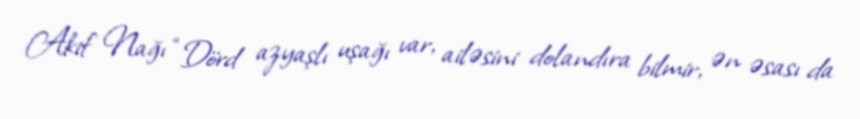
Akif Nağı “Dörd azyaşlı uşağı var, ailəsini dolandıra bilmir, ən əsası da